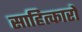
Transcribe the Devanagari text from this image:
साहित्कारों